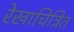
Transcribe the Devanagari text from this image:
रेखाचित्रित